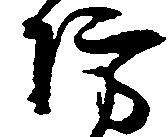
防